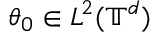
\theta _ { 0 } \in L ^ { 2 } ( \ensuremath { \mathbb { T } } ^ { d } )